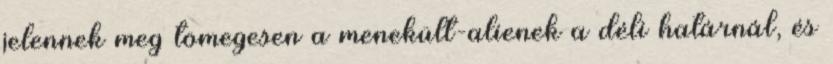
jelennek meg tömegesen a menekült-alienek a déli határnál, és